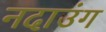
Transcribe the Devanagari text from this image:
नदाउंग